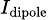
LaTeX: \scriptstyle I_{\mathrm{dipole}}